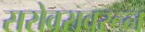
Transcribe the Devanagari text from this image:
सरोवरावरून